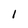
Character: 1